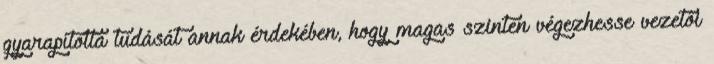
gyarapította tudását annak érdekében, hogy magas szinten végezhesse vezetôi